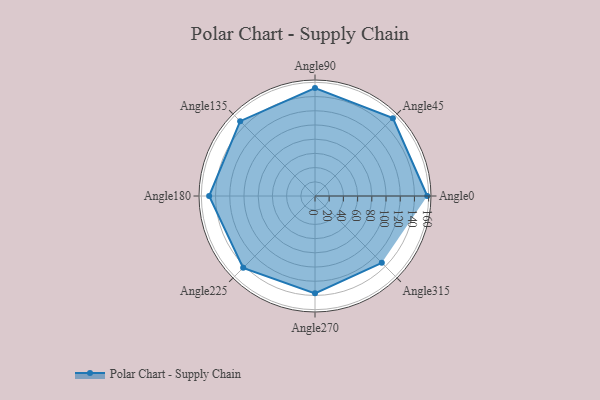
{"axis": {"x": "Angle", "y": "Radius"}, "legend": [""], "data": [{"x": "Angle0", "y": 158.0, "type": ""}, {"x": "Angle45", "y": 155.0, "type": ""}, {"x": "Angle90", "y": 152.0, "type": ""}, {"x": "Angle135", "y": 149.0, "type": ""}, {"x": "Angle180", "y": 149.0, "type": ""}, {"x": "Angle225", "y": 143.0, "type": ""}, {"x": "Angle270", "y": 137.0, "type": ""}, {"x": "Angle315", "y": 133.0, "type": ""}]}